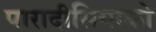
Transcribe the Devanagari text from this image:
पारादीसियाको